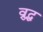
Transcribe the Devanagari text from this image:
व्रुद्ध